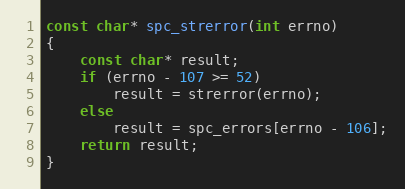
Language: C
const char* spc_strerror(int errno)
{
    const char* result;
    if (errno - 107 >= 52)
        result = strerror(errno);
    else
        result = spc_errors[errno - 106];
    return result;
}